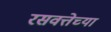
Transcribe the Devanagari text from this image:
रसवत्तेच्या